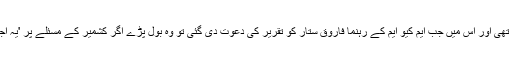
وقفے کے بعد ایوان کی کارروائی دوبارہ شروع ہوئی تو ارکان کی گنتی انگلیوں پر کی جا سکتی تھی اور اس میں جب ایم کیو ایم کے رہنما فاروق ستار کو تقریر کی دعوت دی گئی تو وہ بول پڑے اگر کشمیر کے مسئلے پر 'یہ اجلاس خانہ پوری کے لیے بھی بلایا گیا تو ایوان میں ارکان کی موجودگی لازمی ہونا چاہیے تھی۔